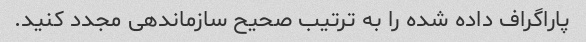
پاراگراف داده شده را به ترتیب صحیح سازماندهی مجدد کنید.